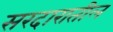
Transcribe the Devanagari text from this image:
सरदारातील